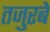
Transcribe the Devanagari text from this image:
तजुरबे